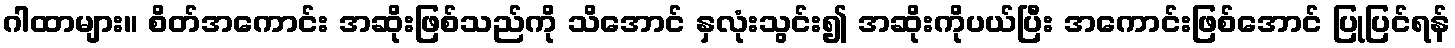
ဂါထာများ။ စိတ်အကောင်း အဆိုးဖြစ်သည်ကို သိအောင် နှလုံးသွင်း၍ အဆိုးကိုပယ်ပြီး အကောင်းဖြစ်အောင် ပြုပြင်ရန်